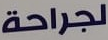
لجراحة